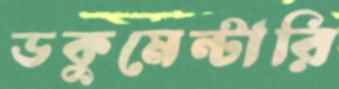
ডকুমেন্টারি